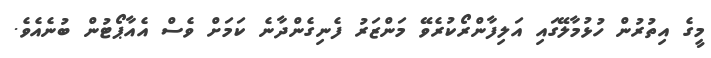
މީގެ އިތުރުން ހުޅުމާލޭގައި އަލިފާންރޯކުރެވޭ މަންޒަރު ފެނިގެންދާނެ ކަމަށް ވެސް އެއާޕޯޓުން ބުނެއެވެ.